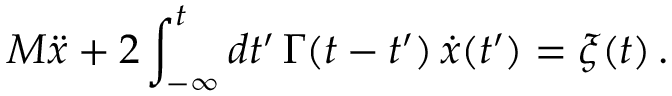
M \ddot { x } + 2 \int _ { - \infty } ^ { t } d t ^ { \prime } \, \Gamma ( t - t ^ { \prime } ) \, \dot { x } ( t ^ { \prime } ) = \xi ( t ) \, .